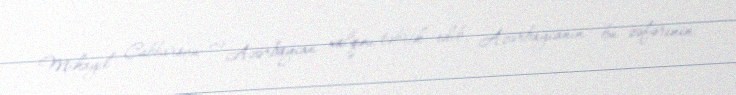
Mikayıl Cabbarovu və Azərbaycan xalqını təbrik edib, Azərbaycanın bu zəfərinin